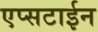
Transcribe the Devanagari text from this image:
एप्सटाईन